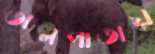
তালপাতায়